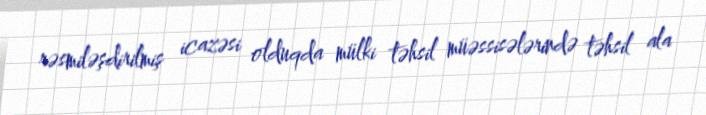
rəsmiləşdirilmiş icazəsi olduqda mülki təhsil müəssisələrində təhsil ala